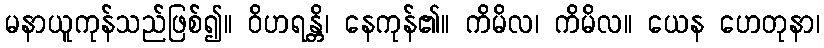
မနာယူကုန်သည်ဖြစ်၍။ ဝိဟရန္တိ၊ နေကုန်၏။ ကိမိလ၊ ကိမိလ။ ယေန ဟေတုနာ၊